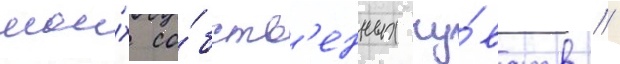
мои́х со́бств'енных чу́вств //